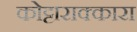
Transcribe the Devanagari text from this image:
कोट्टाराक्कारा